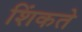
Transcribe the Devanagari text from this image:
शिंकते